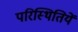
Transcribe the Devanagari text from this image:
परिस्थितियें